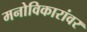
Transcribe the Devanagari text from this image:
मनोविकारांवर